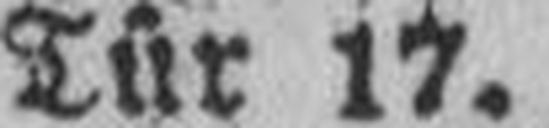
Tür 17.